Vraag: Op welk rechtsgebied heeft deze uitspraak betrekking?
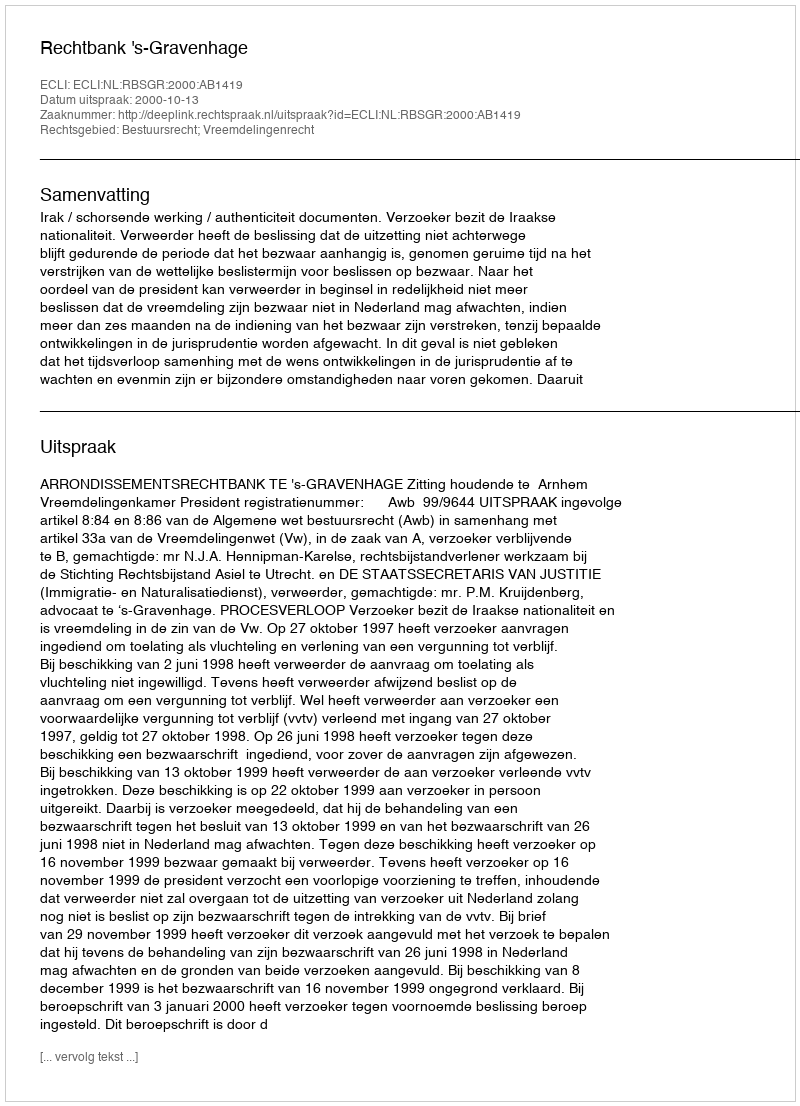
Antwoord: Bestuursrecht; Vreemdelingenrecht